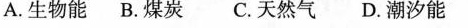
A.生物能B.煤炭 C.天然气D.潮汐能